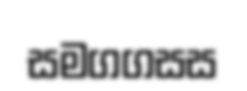
සමගගසස